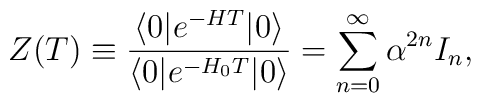
Z(T) \equiv{\langle 0  | e^{ -H T} | 0\rangle\over\langle 0 | e^{ -H_0 T} |0\rangle}= \sum_{n=0}^\infty \alpha^{2n} I_n ,